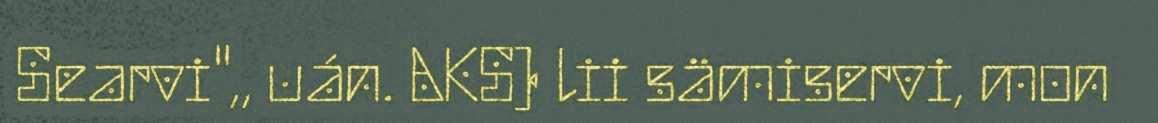
Searvi",, uán. AKS) lii sämiservi, mon